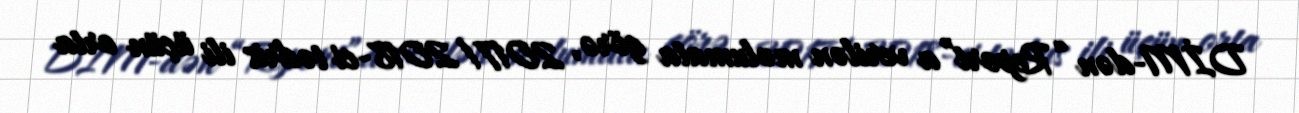
DİM-dən “Report”a verilən məlumata görə, 2017/2018-ci tədris ili üçün orta